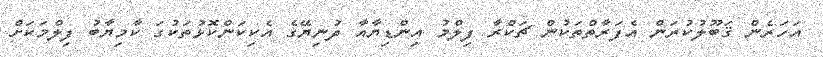
އަހަރެން ޤަބޫލުކުރަން އެފަރާތްތަކުން ޗަކްރާ ފިލްމު އިންޑިޔާއާ ދުނިޔޭގެ އެކިކަންކޮޅުތަކުގަ ކާމިޔާބު ފިލްމަކަށް